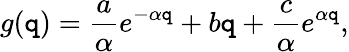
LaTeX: g(\mathtt{q})=\frac{{a}}{{\alpha}}e^{-\alpha\mathtt{q}}+b\mathtt{q}+\frac{{c}}{{\alpha}}e^{\alpha\mathtt{q}},